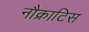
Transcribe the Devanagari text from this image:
नौक्राटिस